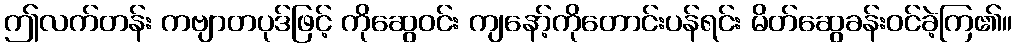
ဤလက်တန်း ကဗျာတပုဒ်ဖြင့် ကိုဆွေဝင်း ကျနော့်ကိုတောင်းပန်ရင်း မိတ်ဆွေခန်းဝင်ခဲ့ကြ၏။